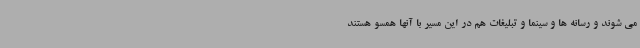
می شوند و رسانه ها و سینما و تبلیغات هم در این مسیر با آنها همسو هستند